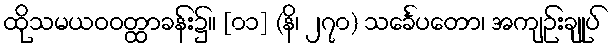
ထိုသမယဝဝတ္ထာခန်း၌။ [၀၁] (နိ၊ ၂၇၀) သင်္ခေပတော၊ အကျဉ်းချုပ်